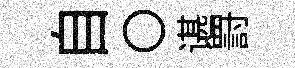
自〇谌罸